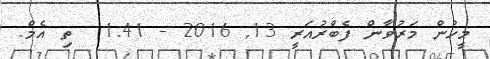
މީހުން މަރުވާން ފެބްރުއަރީ 13